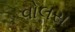
વોલસ